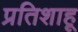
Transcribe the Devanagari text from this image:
प्रतिशाहू